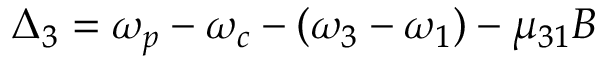
\Delta _ { 3 } = \omega _ { p } - \omega _ { c } - ( \omega _ { 3 } - \omega _ { 1 } ) - \mu _ { 3 1 } B